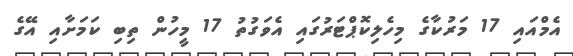
އެމްއައި 17 މަރުކާގެ މިހެލިކޮޕްޓަރުގައި އެވަގުތު 17 މީހުން ތިބި ކަމަށާއި އޭގެ